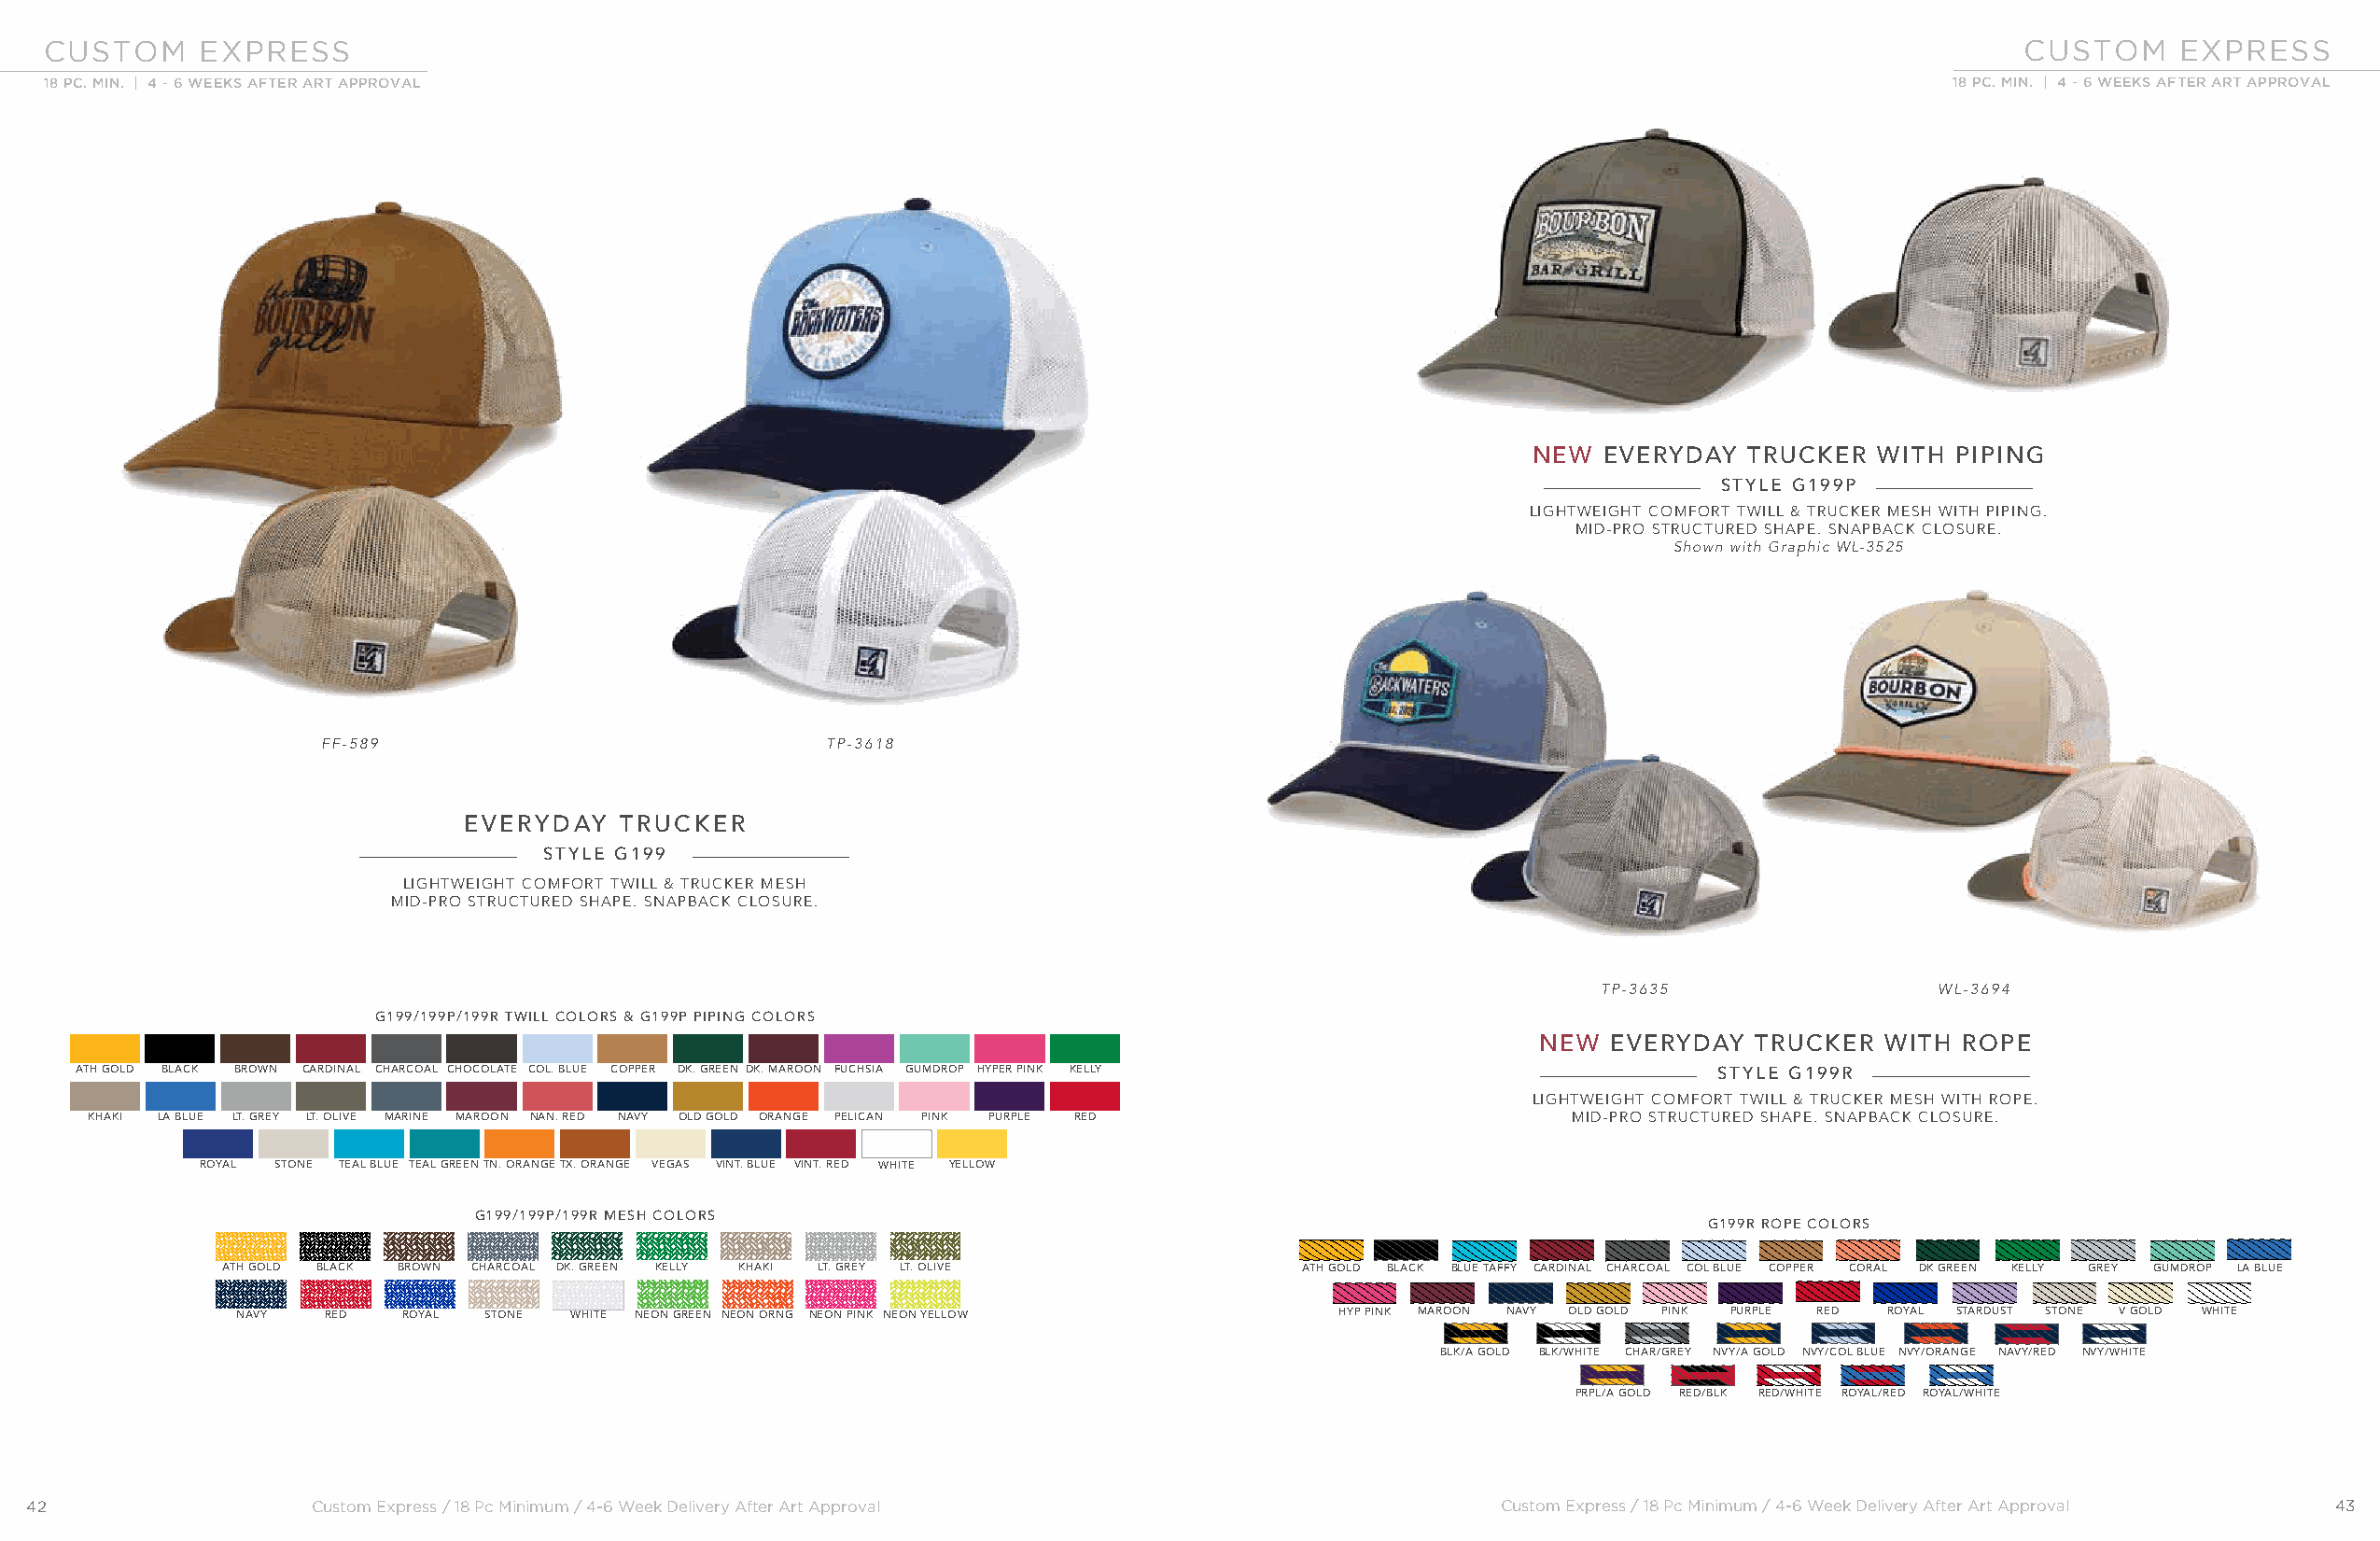
CUSTOM     EXPRESS                                                                                                                           CUSTOM     EXPRESS
 18 PC. MIN. | 4 - 6 WEEKS AFTER ART APPROVAL                                                                                            18 PC. MIN. | 4 - 6 WEEKS AFTER ART APPROVAL
 NEW  EVERYDAY  TRUCKER  WITH  PIPING
 STYLE G199P
 LIGHTWEIGHT COMFORT TWILL & TRUCKER MESH WITH PIPING.
 MID-PRO STRUCTURED SHAPE. SNAPBACK CLOSURE.
 Shown with Graphic WL-3525
 FF-589                              TP-3618
 EVERYDAY   TRUCKER
 STYLE G199
 LIGHTWEIGHT COMFORT TWILL & TRUCKER MESH
 MID-PRO STRUCTURED SHAPE. SNAPBACK CLOSURE.
 TP-3635                WL-3694
 G199/199P/199R TWILL COLORS & G199P PIPING COLORS
 NEW  EVERYDAY   TRUCKER  WITH ROPE
 ATH GOLD BLACK BROWN CARDINAL CHARCOAL CHOCOLATE COL. BLUE COPPER DK. GREEN DK. MAROON FUCHSIA GUMDROP HYPER PINK KELLY STYLE G199R
 LIGHTWEIGHT COMFORT TWILL & TRUCKER MESH WITH ROPE.
 KHAKI LA BLUE LT. GREY LT. OLIVE MARINE MAROON NAN. RED NAVY OLD GOLD ORANGE PELICAN PINK PURPLE RED     MID-PRO STRUCTURED SHAPE. SNAPBACK CLOSURE.
 ROYAL STONE TEAL BLUE TEAL GREENTN. ORANGETX. ORANGE VEGAS VINT. BLUE VINT. RED WHITE YELLOW
 G199/199P/199R MESH COLORS
 G199R ROPE COLORS
 ATH GOLD BLACK BROWN CHARCOAL DK. GREEN KELLY KHAKI LT. GREY LT. OLIVE      ATH GOLD BLACK BLUE TAFFY CARDINAL CHARCOAL COL BLUE COPPER CORAL DK GREEN KELLY GREY GUMDROP LA BLUE
 NAVY  RED   ROYAL STONE WHITE NEON GREEN NEON ORNG NEON PINK NEON YELLOW      HYP PINK MAROON NAVY OLD GOLD PINK PURPLE RED ROYAL STARDUST STONE V GOLD WHITE
 BLK/A GOLD BLK/WHITE CHAR/GREY NVY/A GOLD NVY/COL BLUE NVY/ORANGE NAVY/RED NVY/WHITE
 PRPL/A GOLD RED/BLK RED/WHITE ROYAL/RED ROYAL/WHITE
 42                  Custom Express / 18 Pc Minimum / 4-6 Week Delivery After Art Approval               Custom Express / 18 Pc Minimum / 4-6 Week Delivery After Art Approval 43